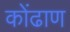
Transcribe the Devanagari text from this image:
कोंढाण